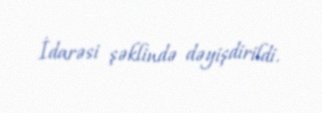
İdarəsi şəklində dəyişdirildi.